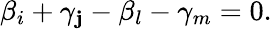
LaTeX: \beta_{i}+\gamma_{\mathbf{j}}-\beta_{l}-\gamma_{m}=0.